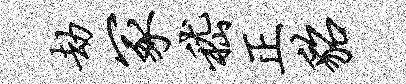
劫冢嵇正貂